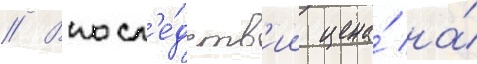
// Впосл'е́дств'ии цена́ на́